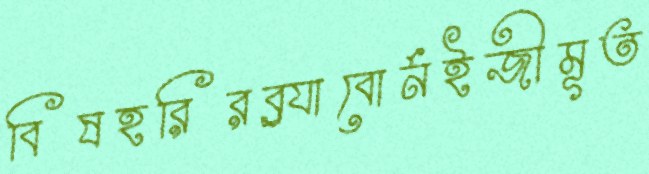
বিষহরিরব্র্যাবোর্নইজীমূত